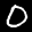
Label: 0